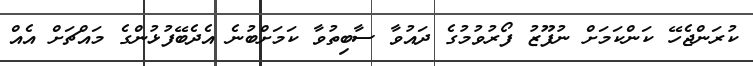
ކުރަންޖެހޭ ކަންކަމަށް ނުފޫޒު ފޯރުވުމުގެ ދައުވާ ސާބިތުވާ ކަމަށްބުނެ އެދެބޭފުޅުންގެ މައްޗަށް އެއް